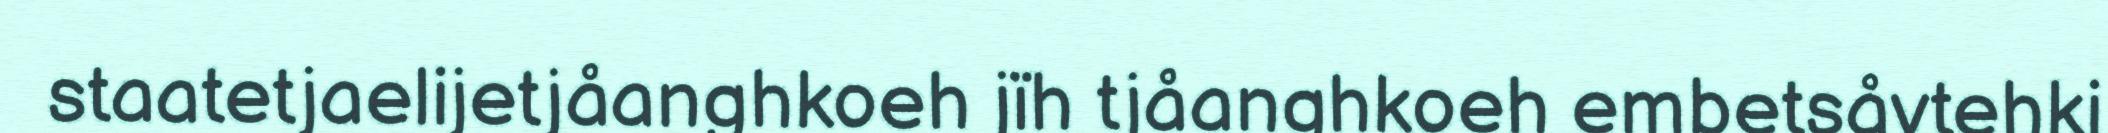
staatetjaelijetjåanghkoeh jïh tjåanghkoeh embetsåvtehki